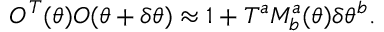
O ^ { T } ( \theta ) O ( \theta + \delta \theta ) \approx 1 + T ^ { a } M _ { b } ^ { a } ( \theta ) \delta \theta ^ { b } .